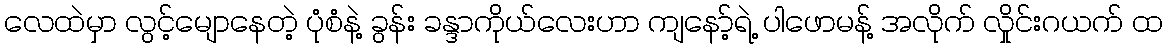
လေထဲမှာ လွင့်မျောနေတဲ့ ပုံစံနဲ့ ခွန်း ခန္ဒာကိုယ်လေးဟာ ကျနော့်ရဲ့ ပါဖောမန့် အလိုက် လှိုင်းဂယက် ထ